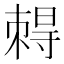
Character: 𡭂